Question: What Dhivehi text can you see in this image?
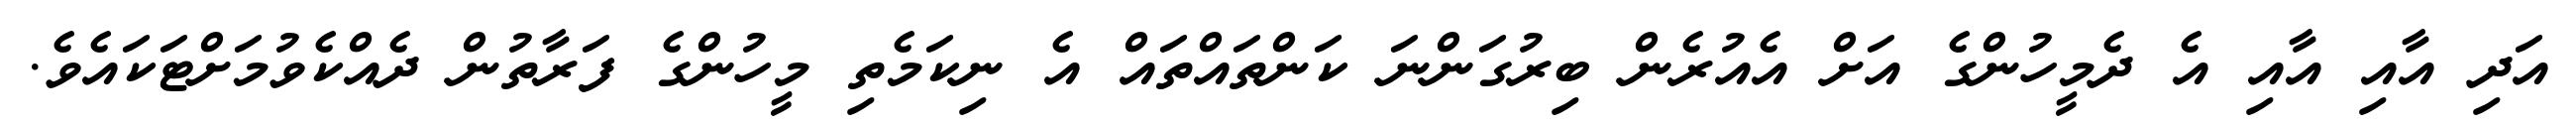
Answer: އަދި އާއި އާއި އެ ދެމީހުންގެ އަށް އެއުރެން ބިރުގަންނަ ކަންތައްތައް އެ ނިކަމެތި މީހުންގެ ފަރާތުން ދެއްކެވުމަށްޓަކައެވެ.